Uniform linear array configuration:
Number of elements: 16
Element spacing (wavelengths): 0.25
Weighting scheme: blackman
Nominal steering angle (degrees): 45
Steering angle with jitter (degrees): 46.879
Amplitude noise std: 0.05
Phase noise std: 0.05

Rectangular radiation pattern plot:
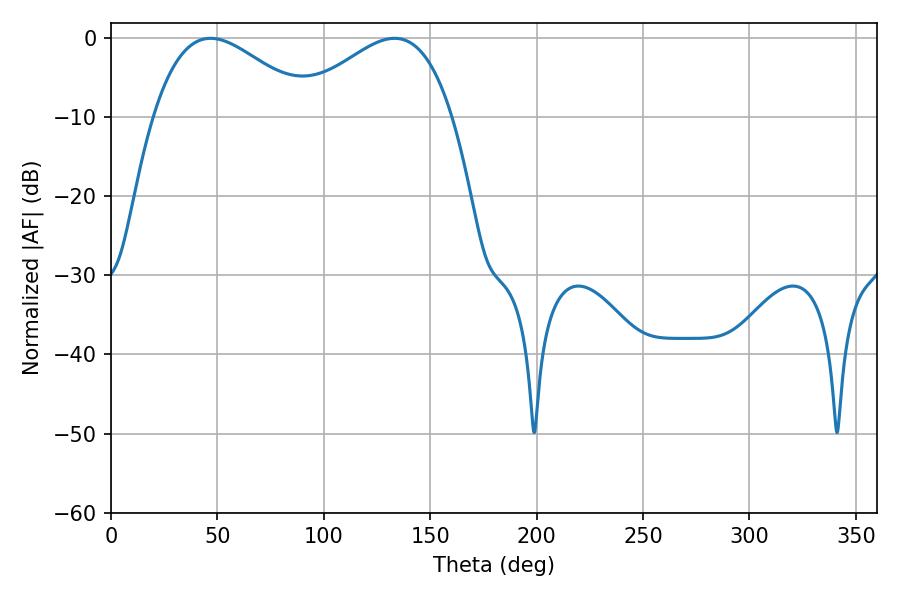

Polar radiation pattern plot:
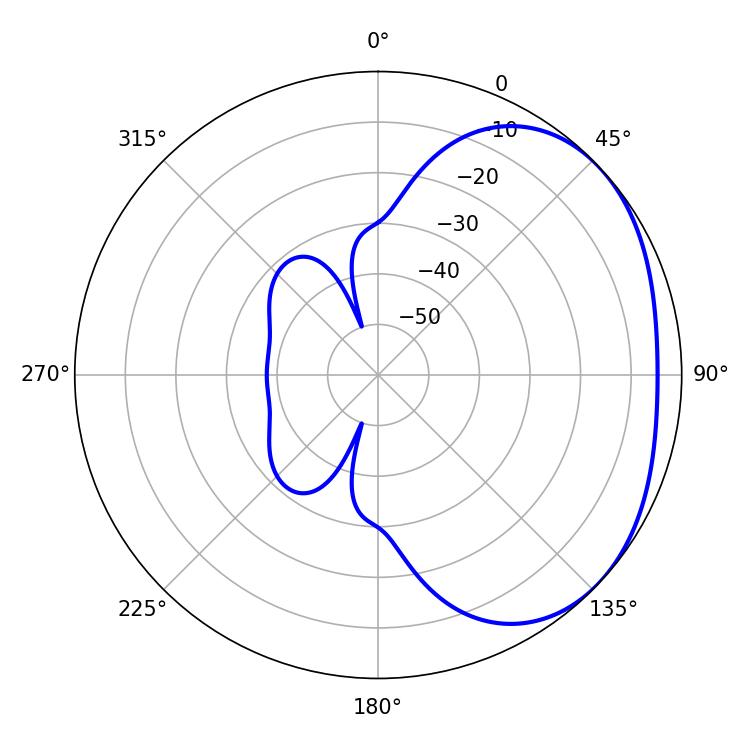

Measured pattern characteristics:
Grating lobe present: FALSE
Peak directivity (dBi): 2.417
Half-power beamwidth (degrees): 40.14
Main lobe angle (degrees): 46.8